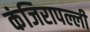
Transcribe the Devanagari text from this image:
कंजिरापल्ली